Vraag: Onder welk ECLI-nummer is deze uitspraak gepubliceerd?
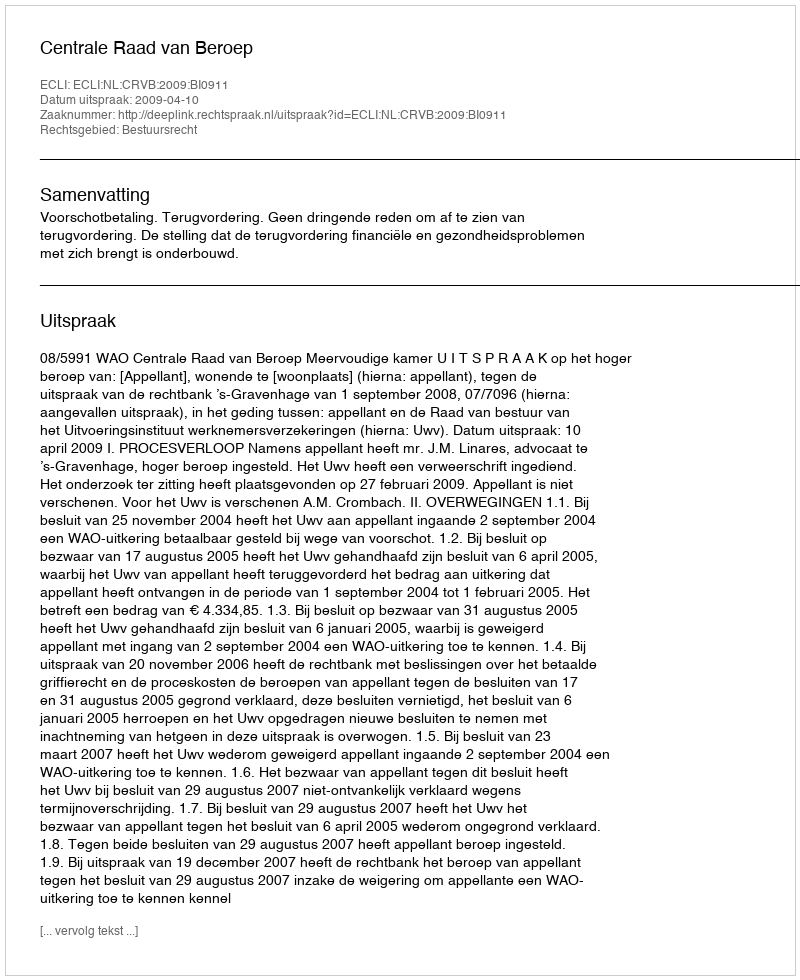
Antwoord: ECLI:NL:CRVB:2009:BI0911